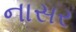
નાસર